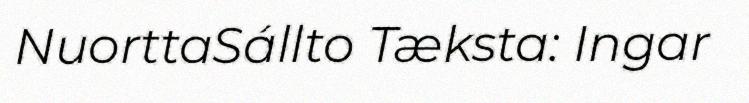
NuorttaSállto Tæksta: Ingar